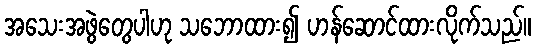
အသေးအဖွဲတွေပါဟု သဘောထား၍ ဟန်ဆောင်ထားလိုက်သည်။